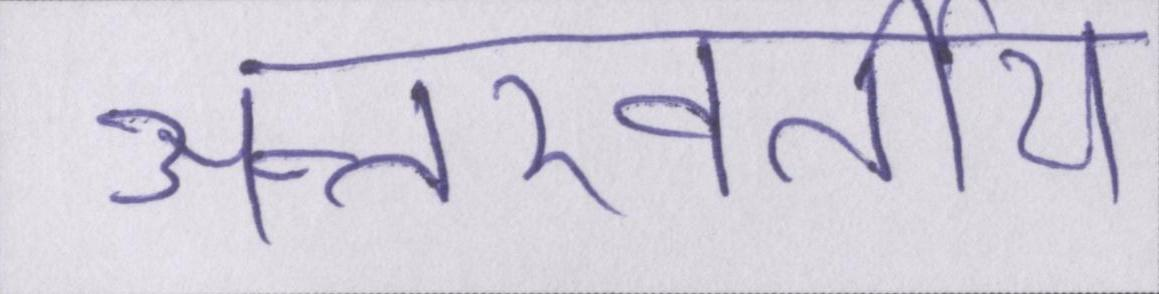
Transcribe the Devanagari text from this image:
अन्तरवर्तीय